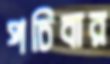
পচিবার